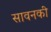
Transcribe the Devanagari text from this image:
सावनकी